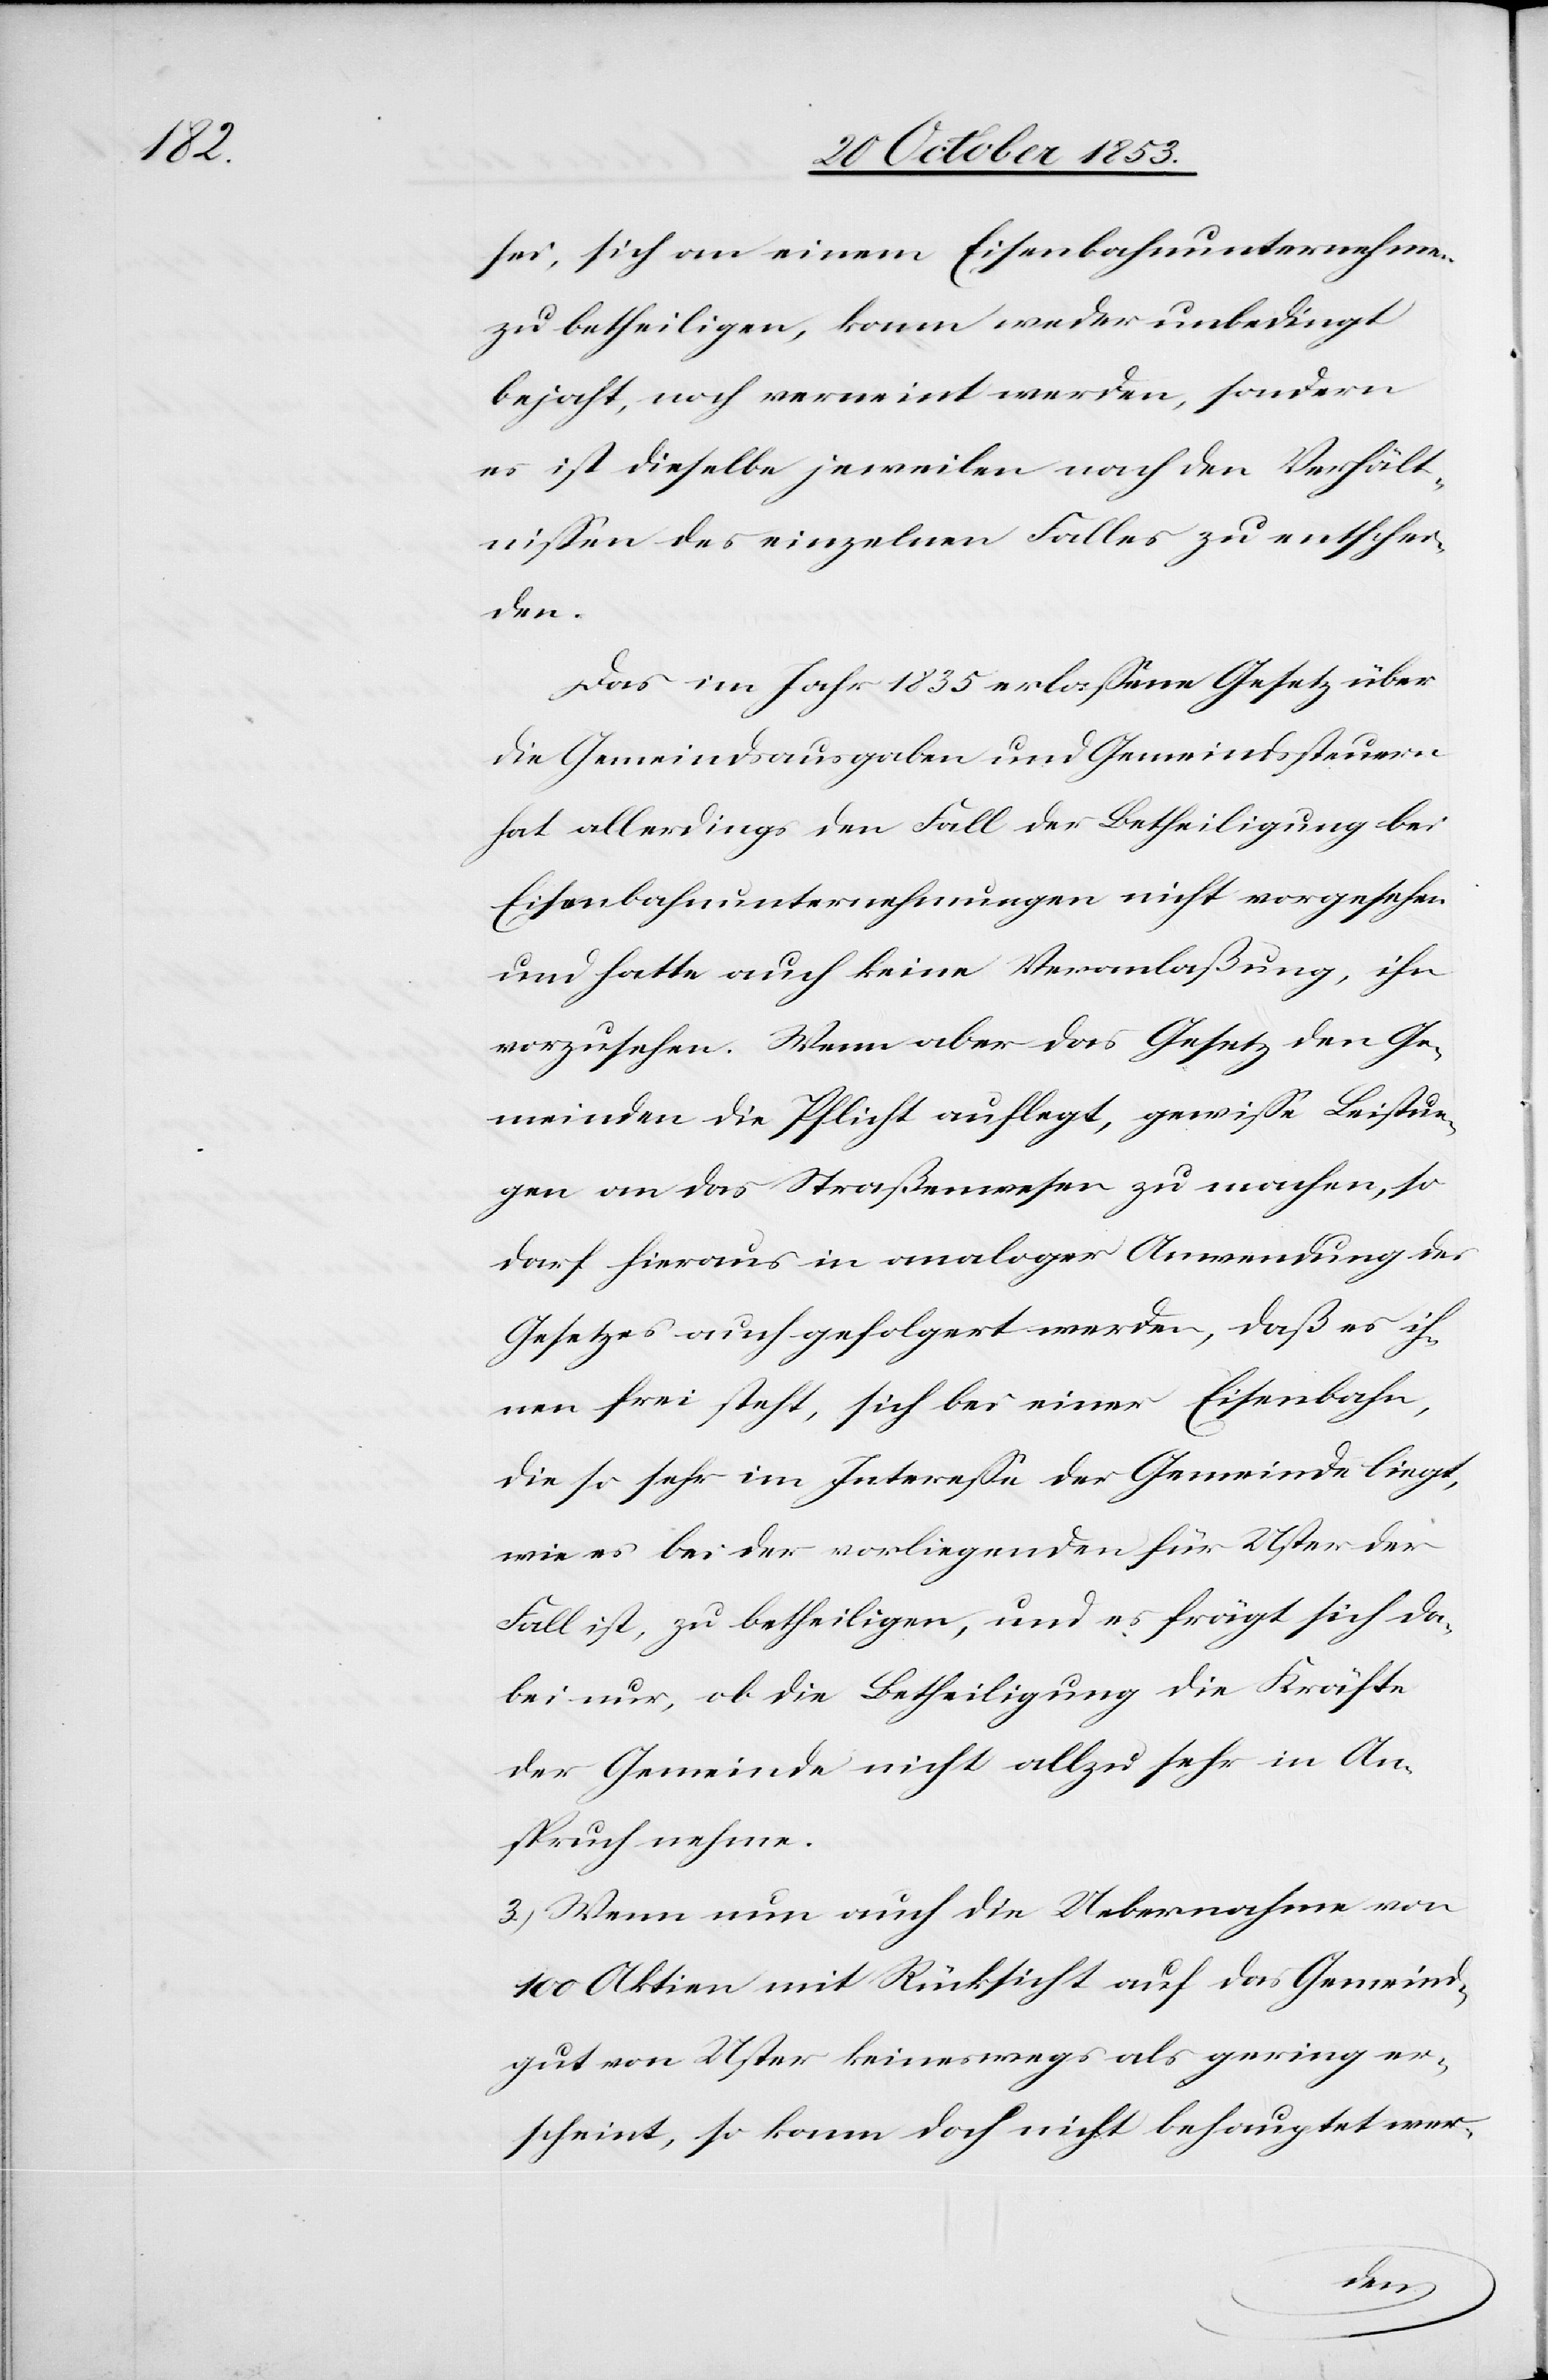
sei, sich an einem Eisenbahnunternehmen
zu betheiligen, kann weder unbedingt
bejaht, noch verneint werden, sondern
es ist dieselbe jeweilen nach den Verhält¬
nißen des einzelnen Falles zu entschei¬
den.
Das im Jahr 1835 erlaßene Gesetz über
die Gemeindsausgaben und Gemeindssteuern
hat allerdings den Fall der Betheiligung bei
Eisenbahnunternehmungen nicht vorgesehen
und hatte auch keine Veranlaßung, ihn
vorzusehen. Wenn aber das Gesetz den Ge¬
meinden die Pflicht auflegt, gewiße Leistun¬
gen an das Straßenwesen zu machen, so
darf hieraus in analoger Anwendung des
Gesetzes auch gefolgert werden, daß es ih¬
nen frei steht, sich bei einer Eisenbahn,
die so sehr im Intereße der Gemeinde liegt,
wie es bei der vorliegenden für Uster der
Fall ist, zu betheiligen, und es frägt sich da¬
bei nur, ob die Betheiligung die Kräfte
der Gemeinde nicht allzu sehr in An¬
spruch nehme.
3.) Wenn nun auch die Uebernahme von
100 Aktien mit Rücksicht auf das Gemeind¬
gut von Uster keineswegs als gering er¬
scheint, so kann doch nicht behauptet wer-